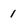
Character: 1